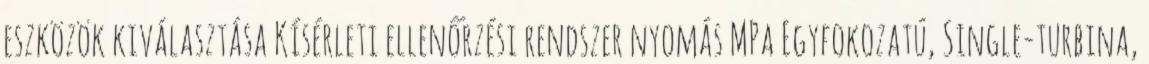
eszközök kiválasztása Kísérleti ellenőrzési rendszer nyomás MPa Egyfokozatú, Single-turbina,